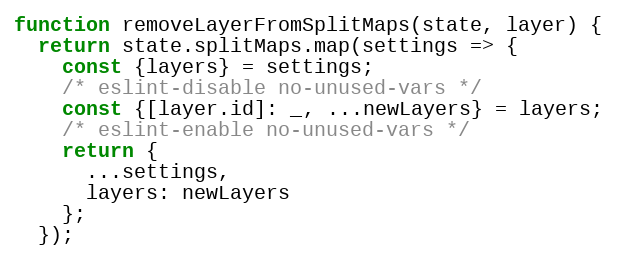
Language: JavaScript
function removeLayerFromSplitMaps(state, layer) {
  return state.splitMaps.map(settings => {
    const {layers} = settings;
    /* eslint-disable no-unused-vars */
    const {[layer.id]: _, ...newLayers} = layers;
    /* eslint-enable no-unused-vars */
    return {
      ...settings,
      layers: newLayers
    };
  });